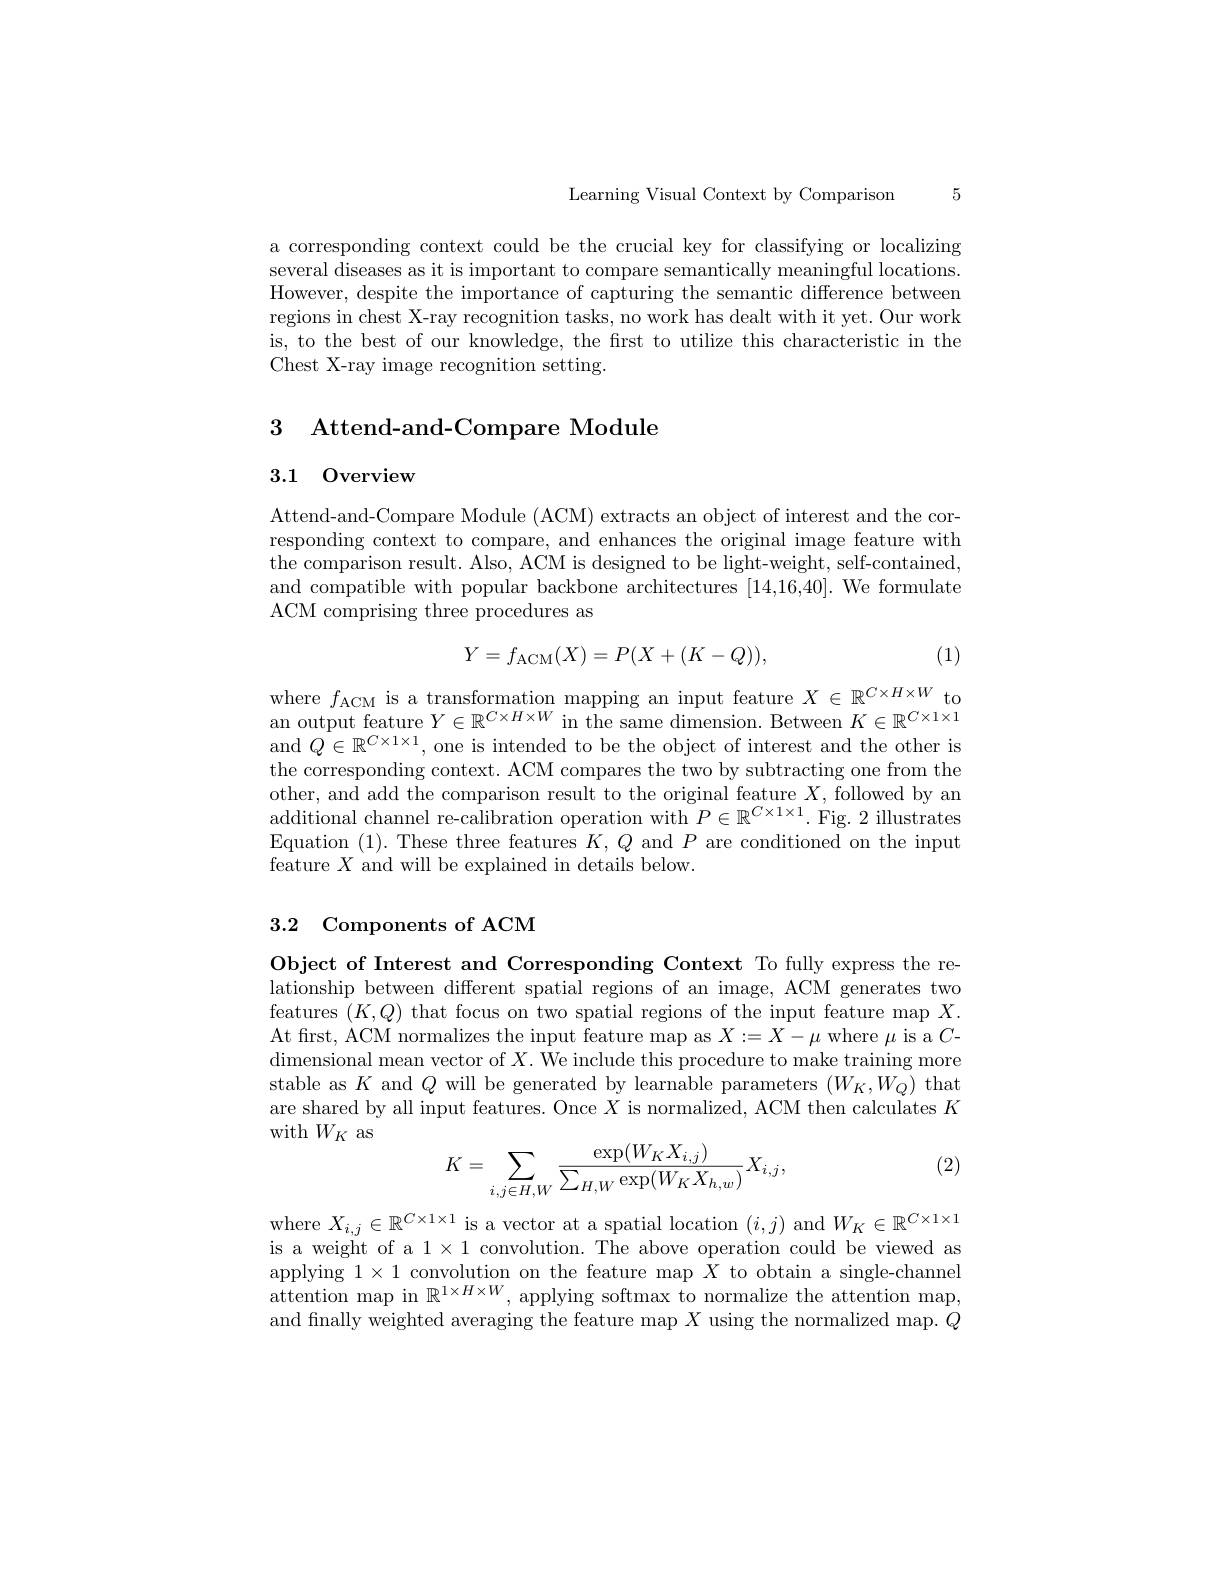
Learning Visual Context by Comparison

5

a corresponding context could be the crucial key for classifying or localizing several diseases as it is important to compare semantically meaningful locations. However, despite the importance of capturing the semantic difference between regions in chest X-ray recognition tasks, no work has dealt with it yet. Our work is, to the best of our knowledge, the frst to utilize this characteristic in the Chest X-ray image recognition setting.

# 3 Attend-and-Compare Module

3.1 Overview

Attend-and-Compare Module (ACM) extracts an object of interest and the corresponding context to compare, and enhances the original image feature with the comparison result. Also, ACM is designed to be light-weight, self-contained, and compatible with popular backbone architectures [14,16,40]. We formulate ACM comprising three procedures as
$$Y=f_{\mathrm{ACM}}(X)=P(X+(K-Q)),$$
(1)

$\begin{array}{l}\mathrm{where~}f_{\mathrm{ACM~is~a~transformation~mapping~an~input~feature~}X\in\mathbb{R}^{C\times H\times W~to}}\\\mathrm{an~output~feature~}Y\in\mathbb{R}^{C\times H\times W~in~the~same~dimension.~Between~}K\in\mathbb{R}^{C\times1\times1}\end{array}$ and $Q\in\mathbb{R}^{C\times1\times1}$, one is intended to be the object of interest and the other is the corresponding context. ACM compares the two by subtracting one from the other, and add the comparison result to the original feature $X$, followed by an additional channel re-calibration operation with $P\in\mathbb{R}^C\times1\times1.$ Fig. 2 illustrates Equation (1).These three features $K,Q$ and $P$ are conditioned on the input feature $X$ and will be explained in details below.

3.2 Components of ACM

Object of Interest and Corresponding Context To fully express the relationship between different spatial regions of an image, ACM generates two features $(K,Q)$ that focus on two spatial regions of the input feature map $X.$ At first, ACM normalizes the input feature map as $X:=X-\mu$ where $\mu$ is a $C$- ${\text{dimensional mean vector of }X.\text{ We include this procedure to make training more}}$ stable as $K$ and $Q$ will be generated by learnable parameters $(W_K,W_Q)$ that are shared by all input features. Once $X$ is normalized, ACM then calculates $K$ with $W_{K}$ as

(2)
$$K=\sum\limits_{i,j\in H,W}\frac{\exp(W_KX_{i,j})}{\sum\limits_{H,W}\exp(W_KX_{h,w})}X_{i,j},$$
where $X_i,j\in\mathbb{R}^{C\times1\times1}$ is a vector at a spatial location $(i,j)$ and $W_K\in\mathbb{R}^{C\times1\times1}$ is a weight of a 1 x 1 convolution. The above operation could be viewed as applying $1\times1$ convolution on the feature map $\hat{X}$ to obtain a single-channel attention map in $\mathbb{R}^{1\times H\times W}$, applying softmax to normalize the attention map, and finally weighted averaging the feature map $X$ using the normalized map. $Q$